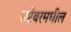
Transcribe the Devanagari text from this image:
सप्टेंबरमधील